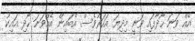
އެއް ވަނަ ހޯދާފައި ވަނީ މިދިޔަ އަހަރުވެސް އެބައިން އެއްވަނަ ހޯދި އައިކު